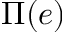
\Pi ( e )